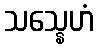
သသ္နေဟံ